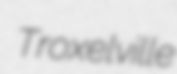
Troxelville